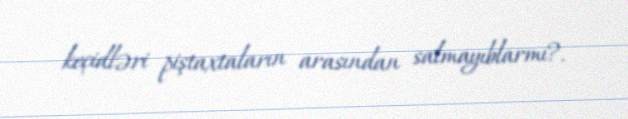
keçidləri piştaxtaların arasından salmayıblarmı?.